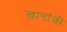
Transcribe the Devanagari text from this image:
खानांची